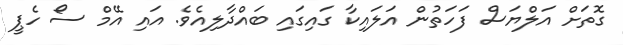
ގޮތަށް އަލްޔަސް ފަހަތުން އަލައިކާ ގައިގައި ބައްދާލިއެވެ. އައި އޭމް ސޯ ހެޕީ